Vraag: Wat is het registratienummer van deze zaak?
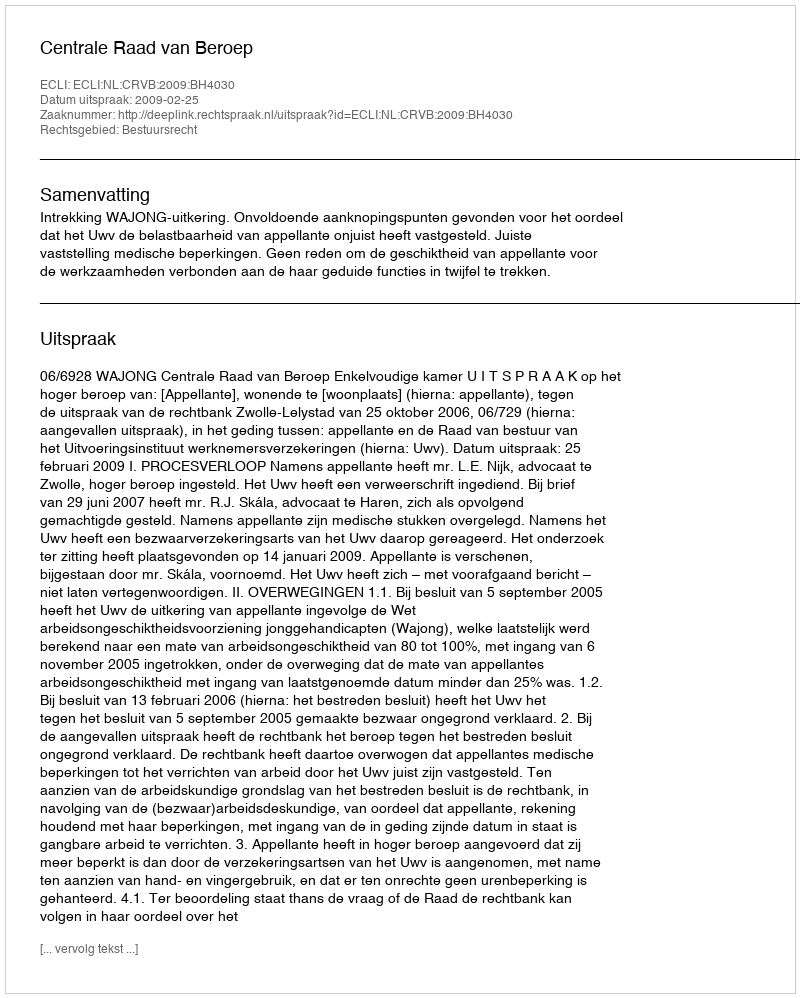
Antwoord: http://deeplink.rechtspraak.nl/uitspraak?id=ECLI:NL:CRVB:2009:BH4030